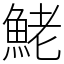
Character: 鮱